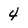
Character: 4